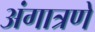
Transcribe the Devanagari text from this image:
अंगात्रणे